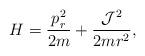
LaTeX: \begin{align*}H=\frac{p_r^2}{2m}+\frac{{\cal J}^2}{2mr^2},\end{align*}